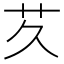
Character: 𬜢